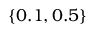
\{ 0 . 1 , 0 . 5 \}